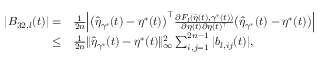
\begin{array} { r l } { | B _ { 3 2 , l } ( t ) | = } & { \frac { 1 } { 2 n } \Big | \big ( \widehat { \eta } _ { \gamma ^ { * } } ( t ) - \eta ^ { * } ( t ) \big ) ^ { \top } \frac { \partial F _ { l } ( \bar { \eta } ( t ) , \gamma ^ { * } ( t ) ) } { \partial \eta ( t ) \partial \eta ( t ) ^ { \top } } \big ( \widehat { \eta } _ { \gamma ^ { * } } ( t ) - \eta ^ { * } ( t ) \big ) \Big | } \\ { \le } & { \frac { 1 } { 2 n } \| \widehat { \eta } _ { \gamma ^ { * } } ( t ) - \eta ^ { * } ( t ) \| _ { \infty } ^ { 2 } \sum _ { i , j = 1 } ^ { 2 n - 1 } | b _ { l , i j } ( t ) | , } \end{array}